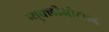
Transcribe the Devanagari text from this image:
न्युक्लीओटाइड